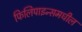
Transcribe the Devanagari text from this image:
फिलिपाइन्समधील